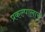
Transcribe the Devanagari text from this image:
प्रकल्पालाच